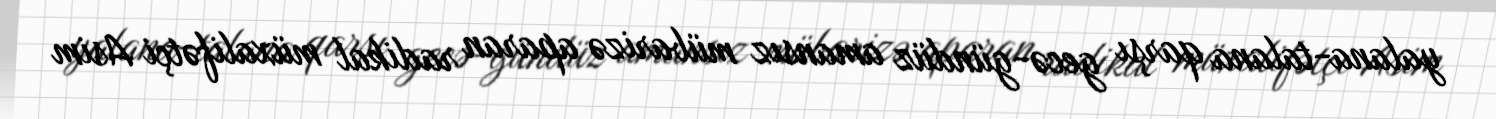
yalana-talana qarşı gecə-gündüz amansız mübarizə aparan radikal müxalifətçi Asim